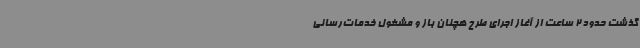
گذشت حدود 2 ساعت از آغاز اجرای طرح هچنان باز و مشغول خدمات‌رسانی